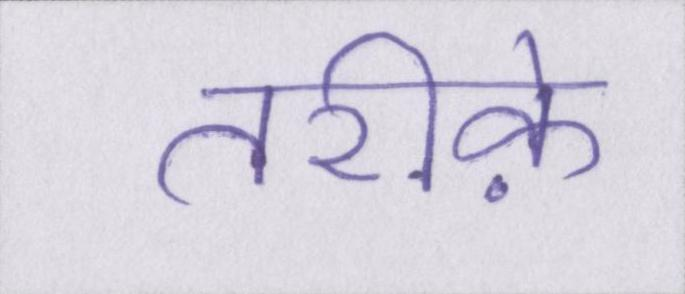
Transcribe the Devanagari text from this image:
तरीके़